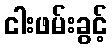
ငါးဖမ်းခွင့်